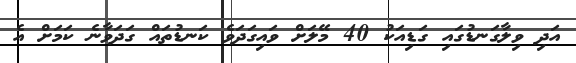
އަދި ވިލާގަނޑުގައި ގަޑިއަކު 40 މޭލަށް ވައިގަދަވެ ކަނޑުތައް ގަދަވާނެ ކަމަށް އެ